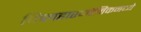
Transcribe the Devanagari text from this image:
फिलहारमोनिकमध्ये